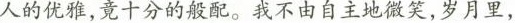
人的优雅，觉十分的般配。我不由自主地微笑，岁月里，